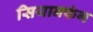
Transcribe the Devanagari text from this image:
सियानफंग